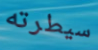
سيطرته